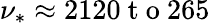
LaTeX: \nu_{*}\approx 2120\mathrm{~t~o~}265